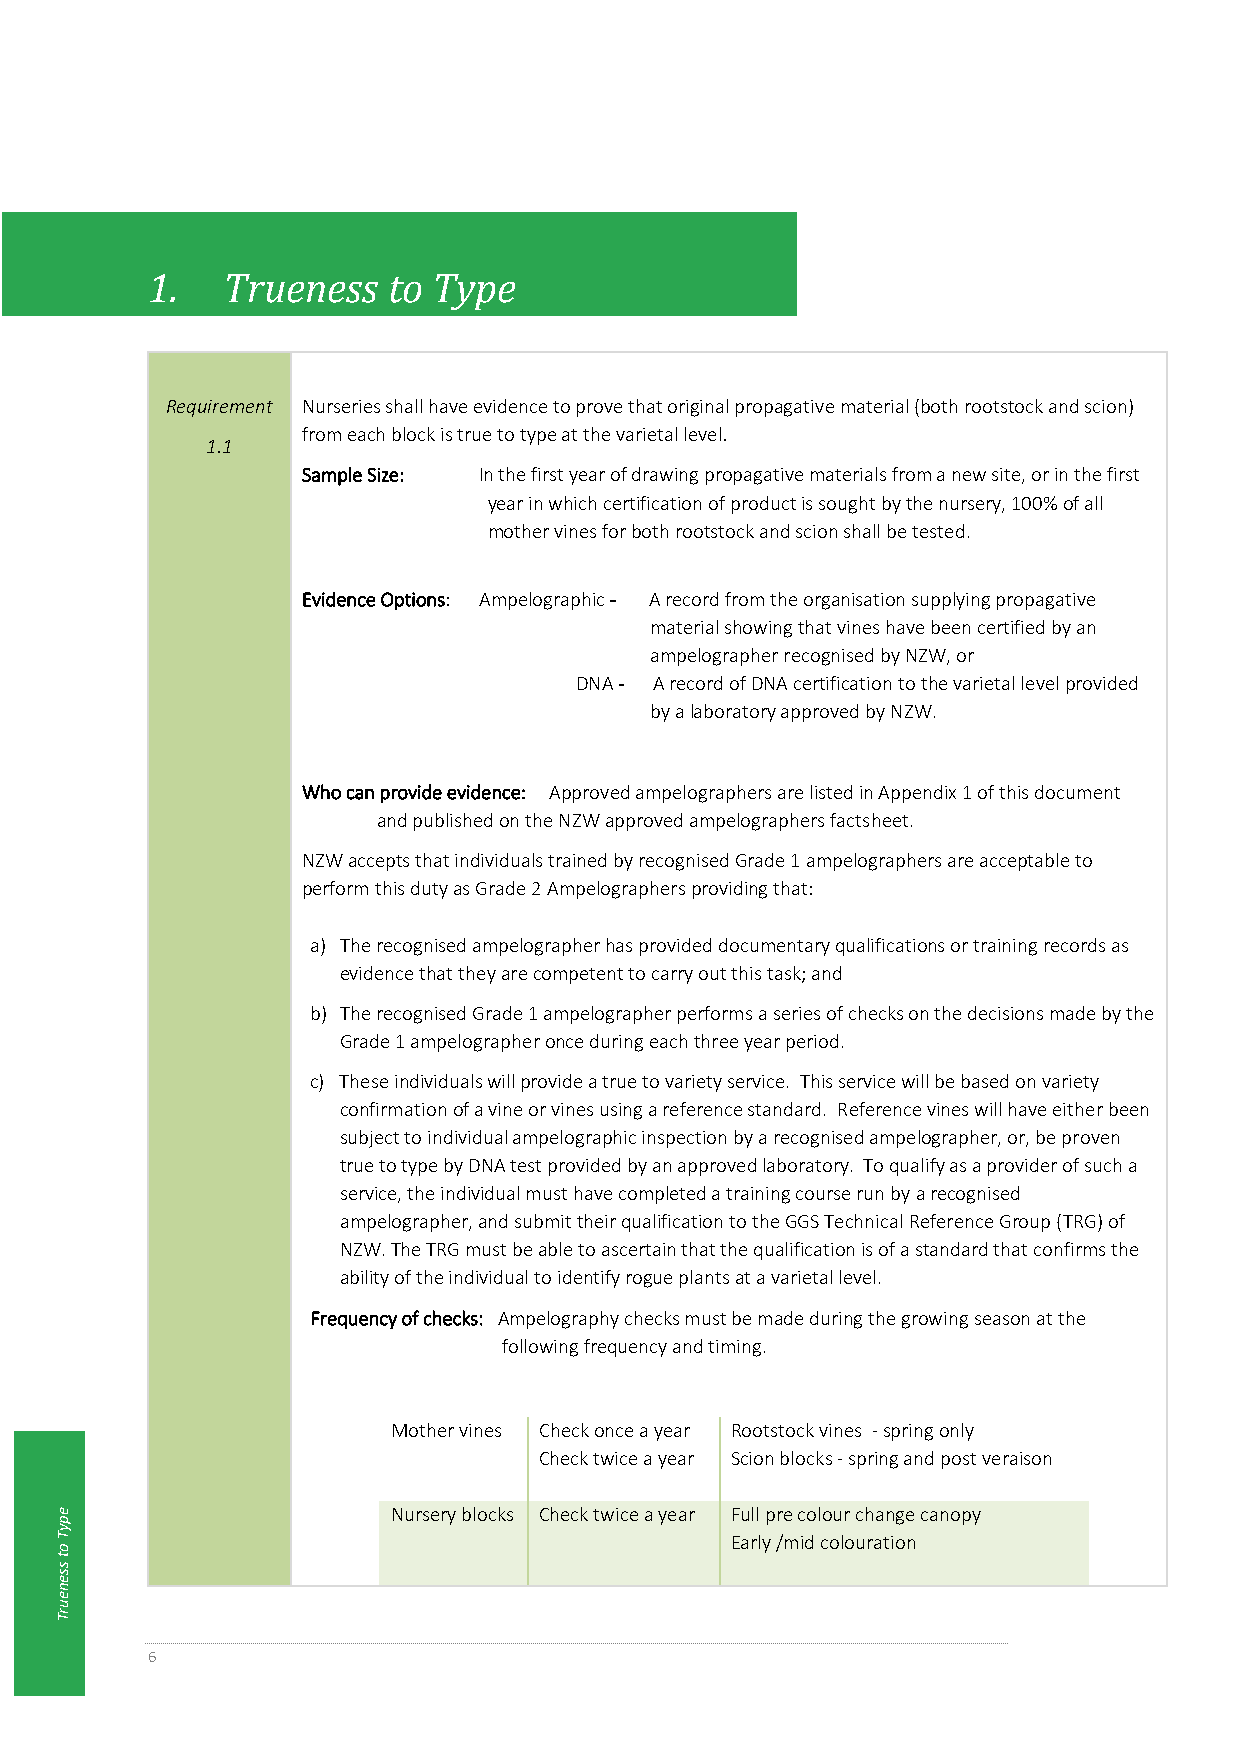
1.   Trueness   to Type
 Requirement Nurseries shall have evidence to prove that original propagative material (both rootstock and scion)
 from each block is true to type at the varietal level.
 1.1
 Sample Size: In the first year of drawing propagative materials from a new site, or in the first
 year in which certification of product is sought by the nursery, 100% of all
 mother vines for both rootstock and scion shall be tested.
 Evidence Options: Ampelographic - A record from the organisation supplying propagative
 material showing that vines have been certified by an
 ampelographer recognised by NZW, or
 DNA - A record of DNA certification to the varietal level provided
 by a laboratory approved by NZW.
 Who can provide evidence: Approved ampelographers are listed in Appendix 1 of this document
 and published on the NZW approved ampelographers factsheet.
 NZW accepts that individuals trained by recognised Grade 1 ampelographers are acceptable to
 perform this duty as Grade 2 Ampelographers providing that:
 a) The recognised ampelographer has provided documentary qualifications or training records as
 evidence that they are competent to carry out this task; and
 b) The recognised Grade 1 ampelographer performs a series of checks on the decisions made by the
 Grade 1 ampelographer once during each three year period.
 c) These individuals will provide a true to variety service. This service will be based on variety
 confirmation of a vine or vines using a reference standard. Reference vines will have either been
 subject to individual ampelographic inspection by a recognised ampelographer, or, be proven
 true to type by DNA test provided by an approved laboratory. To qualify as a provider of such a
 service, the individual must have completed a training course run by a recognised
 ampelographer, and submit their qualification to the GGS Technical Reference Group (TRG) of
 NZW. The TRG must be able to ascertain that the qualification is of a standard that confirms the
 ability of the individual to identify rogue plants at a varietal level.
 Frequency of checks: Ampelography checks must be made during the growing season at the
 following frequency and timing.
 Mother vines Check once a year Rootstock vines - spring only
 Check twice a year Scion blocks - spring and post veraison
 e                     Nursery blocks Check twice a year Full pre colour change canopy
 p
 y
 T
 o
 Early /mid colouration
 t
 s
 s
 e
 n
 e
 u
 rT
 6